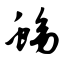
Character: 蚴